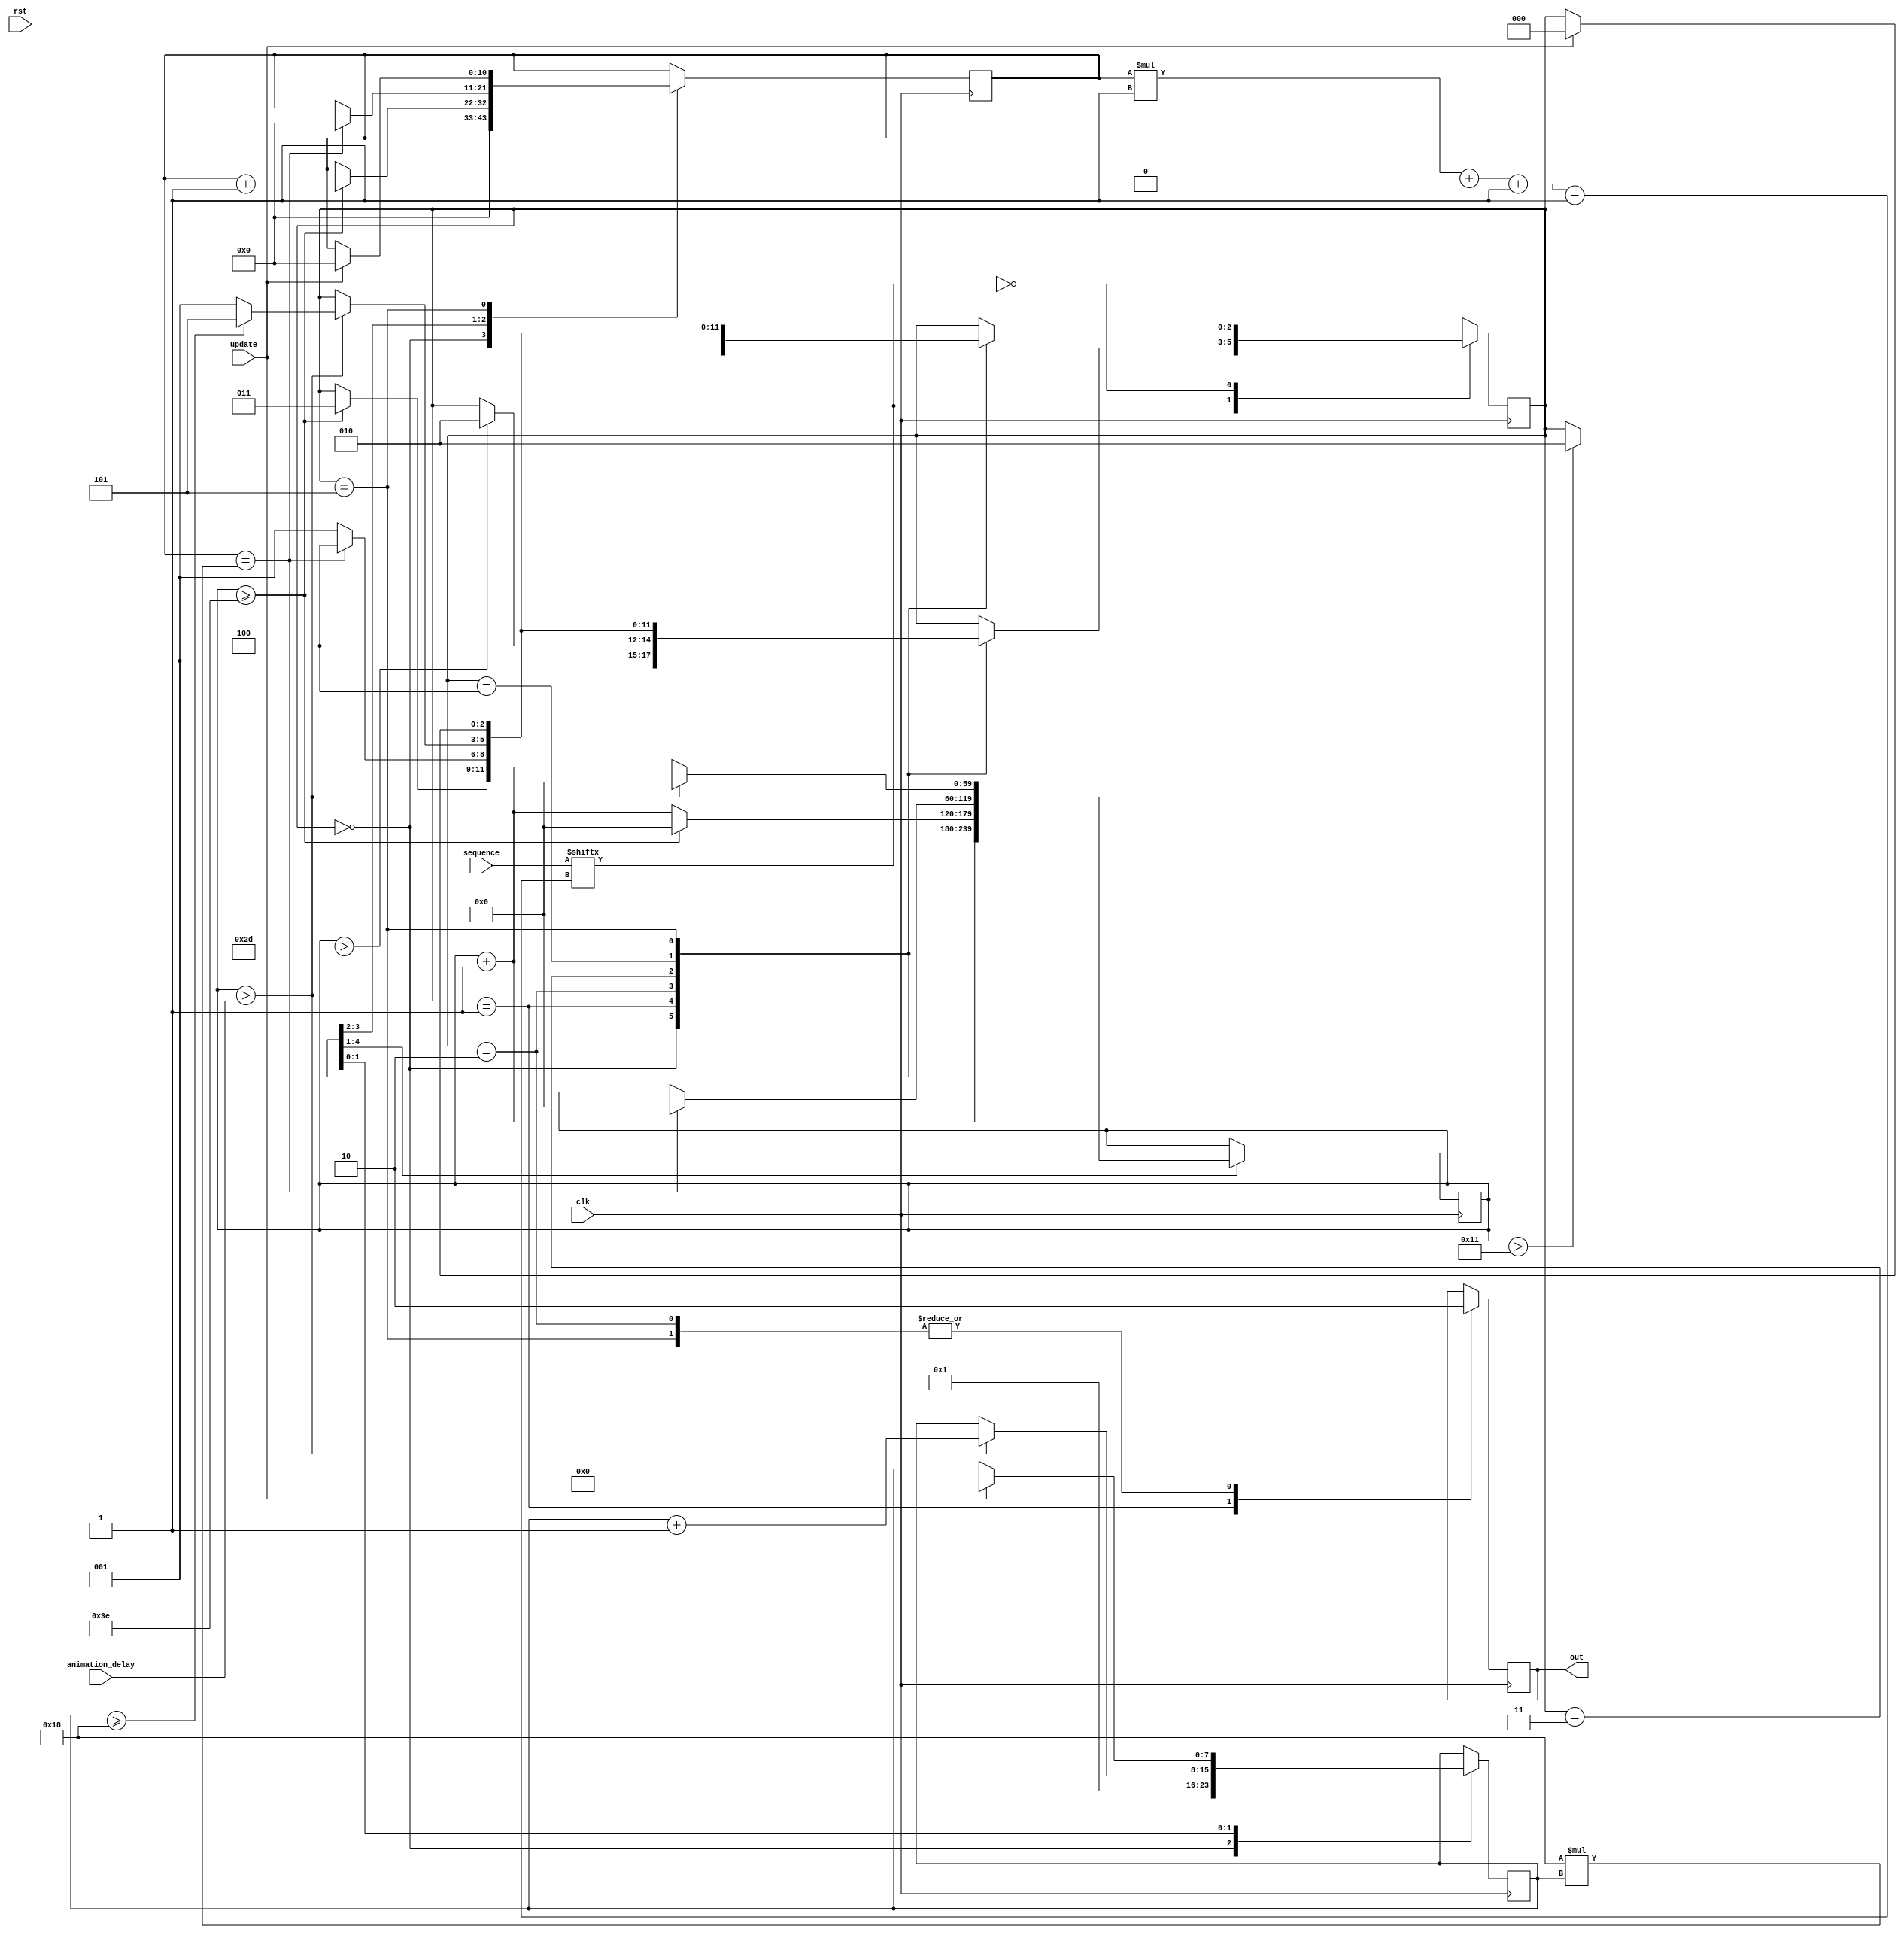
/*
   This file was generated automatically by the Mojo IDE version B1.3.6.
   Do not edit this file directly. Instead edit the original Lucid source.
   This is a temporary file and any changes made to it will be destroyed.
*/

module ledmanager_12 (
    input clk,
    input rst,
    input update,
    input [959:0] sequence,
    input [59:0] animation_delay,
    output reg out
  );
  
  
  
  reg [59:0] M_timer_d, M_timer_q = 1'h0;
  reg [10:0] M_physical_tracker_d, M_physical_tracker_q = 1'h0;
  reg M_pwm_status_d, M_pwm_status_q = 1'h0;
  reg [7:0] M_pixel_overall_count_d, M_pixel_overall_count_q = 1'h0;
  reg M_already_running_d, M_already_running_q = 1'h0;
  localparam ENTRANCE_state = 3'd0;
  localparam HIGH_state = 3'd1;
  localparam LOW_state = 3'd2;
  localparam REPEAT_state = 3'd3;
  localparam PAUSE_state = 3'd4;
  localparam END_state = 3'd5;
  
  reg [2:0] M_state_d, M_state_q = ENTRANCE_state;
  
  reg [959:0] alpha;
  
  reg [2:0] color_selector;
  
  localparam PIXELCOUNT_PLAYER1 = 5'h18;
  
  always @* begin
    M_state_d = M_state_q;
    M_timer_d = M_timer_q;
    M_physical_tracker_d = M_physical_tracker_q;
    M_pwm_status_d = M_pwm_status_q;
    M_pixel_overall_count_d = M_pixel_overall_count_q;
    
    color_selector = 1'h1;
    
    case (color_selector)
      1'h1: begin
        alpha = 960'h000001000001000001000001000001000001000001000001000000000000000000000000000000000000000000000000000000000000000000000000000000000000000000000000000000000000000000000000000000000000000000000000000000000000000000000000000000000000000000000000;
      end
      2'h2: begin
        alpha = 120'h010000010000010000010000010000;
      end
      2'h3: begin
        alpha = 120'h000001000001000001000001000001;
      end
      3'h4: begin
        alpha = 120'h010101010101010101010101010101;
      end
      default: begin
        alpha = 24'h000001;
      end
    endcase
    out = M_pwm_status_q;
    
    case (sequence[(M_physical_tracker_q)*1+0-:1])
      1'h1: begin
        
        case (M_state_q)
          ENTRANCE_state: begin
            M_pixel_overall_count_d = 1'h1;
            M_physical_tracker_d = 1'h0;
            M_state_d = HIGH_state;
          end
          HIGH_state: begin
            M_pwm_status_d = 1'h1;
            M_timer_d = M_timer_q + 1'h1;
            if (M_timer_q > 6'h2d) begin
              M_state_d = LOW_state;
            end
          end
          LOW_state: begin
            M_pwm_status_d = 1'h0;
            M_timer_d = M_timer_q + 1'h1;
            if (M_timer_q >= 6'h3e) begin
              M_timer_d = 1'h0;
              M_physical_tracker_d = M_physical_tracker_q + 1'h1;
              M_state_d = REPEAT_state;
            end
          end
          REPEAT_state: begin
            if (M_physical_tracker_q == 5'h18 * M_pixel_overall_count_q) begin
              M_physical_tracker_d = 1'h0;
              M_timer_d = 1'h0;
              M_state_d = PAUSE_state;
            end else begin
              M_state_d = HIGH_state;
            end
          end
          PAUSE_state: begin
            M_timer_d = M_timer_q + 1'h1;
            if (M_timer_q > animation_delay) begin
              M_timer_d = 1'h0;
              M_pixel_overall_count_d = M_pixel_overall_count_q + 1'h1;
              if (M_pixel_overall_count_q >= 5'h18) begin
                M_state_d = END_state;
              end else begin
                M_state_d = HIGH_state;
              end
            end
          end
          END_state: begin
            M_pwm_status_d = 1'h0;
            if (update == 1'h1) begin
              M_pixel_overall_count_d = 1'h0;
              M_physical_tracker_d = 1'h0;
              M_state_d = ENTRANCE_state;
            end
          end
        endcase
      end
      1'h0: begin
        
        case (M_state_q)
          ENTRANCE_state: begin
            M_physical_tracker_d = 1'h0;
            M_pixel_overall_count_d = 1'h1;
            M_state_d = HIGH_state;
          end
          HIGH_state: begin
            M_pwm_status_d = 1'h1;
            M_timer_d = M_timer_q + 1'h1;
            if (M_timer_q > 5'h11) begin
              M_state_d = LOW_state;
            end
          end
          LOW_state: begin
            M_pwm_status_d = 1'h0;
            M_timer_d = M_timer_q + 1'h1;
            if (M_timer_q >= 6'h3e) begin
              M_timer_d = 1'h0;
              M_physical_tracker_d = M_physical_tracker_q + 1'h1;
              M_state_d = REPEAT_state;
            end
          end
          REPEAT_state: begin
            if (M_physical_tracker_q == 5'h18 * M_pixel_overall_count_q) begin
              M_physical_tracker_d = 1'h0;
              M_timer_d = 1'h0;
              M_state_d = PAUSE_state;
            end else begin
              M_state_d = HIGH_state;
            end
          end
          PAUSE_state: begin
            M_timer_d = M_timer_q + 1'h1;
            if (M_timer_q > animation_delay) begin
              M_timer_d = 1'h0;
              M_pixel_overall_count_d = M_pixel_overall_count_q + 1'h1;
              if (M_pixel_overall_count_q >= 5'h18) begin
                M_state_d = END_state;
              end else begin
                M_state_d = HIGH_state;
              end
            end
          end
          END_state: begin
            M_pwm_status_d = 1'h0;
            if (update == 1'h1) begin
              M_pixel_overall_count_d = 1'h0;
              M_physical_tracker_d = 1'h0;
              M_state_d = ENTRANCE_state;
            end
          end
        endcase
      end
    endcase
    out = M_pwm_status_q;
  end
  
  always @(posedge clk) begin
    M_timer_q <= M_timer_d;
    M_physical_tracker_q <= M_physical_tracker_d;
    M_pwm_status_q <= M_pwm_status_d;
    M_pixel_overall_count_q <= M_pixel_overall_count_d;
    M_already_running_q <= M_already_running_d;
    M_state_q <= M_state_d;
  end
  
endmodule